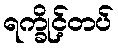
ရက္ခိုင့်တပ်